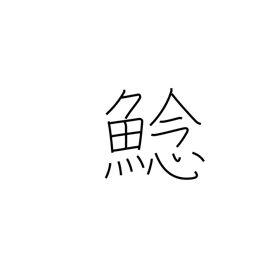
Meaning: fresh-water catfish